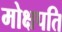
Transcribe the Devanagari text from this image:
मोक्षपति